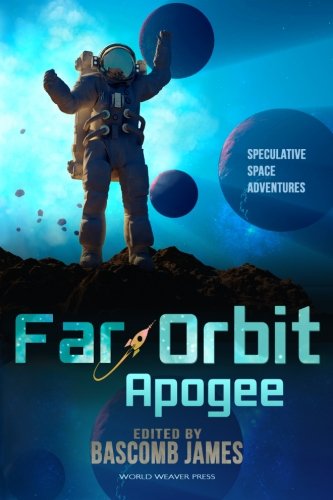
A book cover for Far Orbit Apogee (Far Orbit Anthology Series) (Volume 2); Bascomb James; Science Fiction & Fantasy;